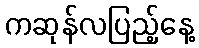
ကဆုန်လပြည့်နေ့